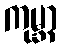
ကုမ္ဘာ